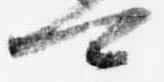
可